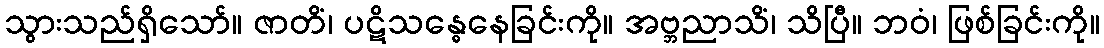
သွားသည်ရှိသော်။ ဇာတိံ၊ ပဋိသန္ဓေနေခြင်းကို။ အဗ္ဘညာသိံ၊ သိပြီ။ ဘဝံ၊ ဖြစ်ခြင်းကို။